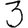
Digit: 3